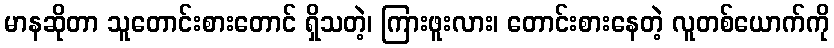
မာနဆိုတာ သူတောင်းစားတောင် ရှိသတဲ့၊ ကြားဖူးလား၊ တောင်းစားနေတဲ့ လူတစ်ယောက်ကို